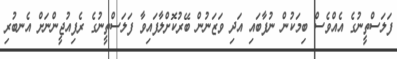
ފަލަސްތީނުގެ އެއްވެސް ބިމަކުން ނުފާބައި އަދި ވަޒަނުން ބޭރުކޮށްލާފައިވާ ފަލަސްތީނުގެ ރެފިއުޖީންނަށް އެނބުރި